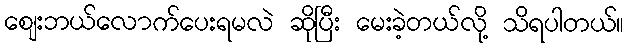
စျေးဘယ်လောက်ပေးရမလဲ ဆိုပြီး မေးခဲ့တယ်လို့ သိရပါတယ်။